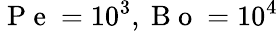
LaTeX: \mathrm{~P~e~}=10^{3},\mathrm{~B~o~}=10^{4}